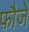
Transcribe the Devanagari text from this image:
फ़ौजे